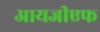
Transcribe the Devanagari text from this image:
आयजीएफ